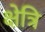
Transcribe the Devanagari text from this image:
क्षेत्रि